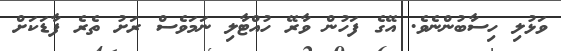
ވަޅުލި ހިސާބުންނެވެ. އޭގެ ފަހުން ވާރޭ ހުއްޓާލި ނަމަވެސް ރަށު ތެރެ ފާޑަކަށް